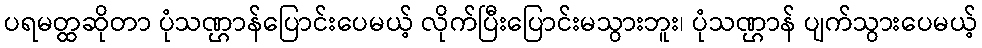
ပရမတ္ထဆိုတာ ပုံသဏ္ဌာန်ပြောင်းပေမယ့် လိုက်ပြီးပြောင်းမသွားဘူး၊ ပုံသဏ္ဌာန် ပျက်သွားပေမယ့်